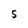
Character: S